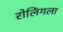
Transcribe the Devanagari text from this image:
रोलिंगला